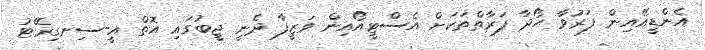
އެންޑީއޭއިން ފަރުވާ ހޯދާ ފަރާތްތަކަށް އެސްޓީއޯއިން ވަޒީފާ ދެނީ ޖީބުގައި އޮތް އީ-ސިނގިރޭޓު